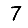
Digit: 7